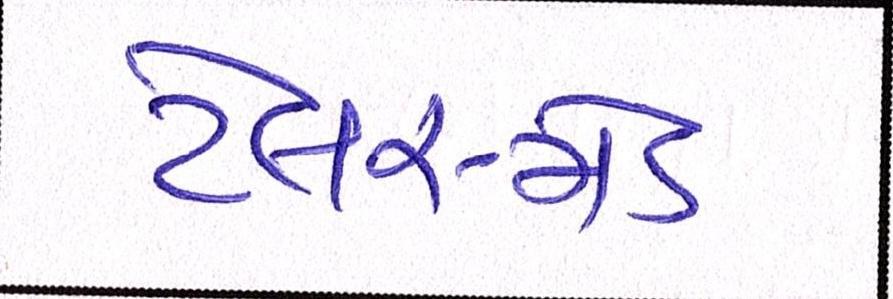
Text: ટેલર-મેડ